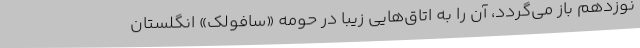
نوزدهم باز می‌گردد، آن را به اتاق‌هایی زیبا در حومه «سافولک» انگلستان